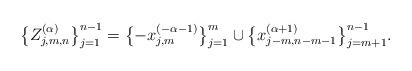
LaTeX: \begin{gather*}\big\{Z^{(\alpha)}_{j,m,n}\big\}_{j=1}^{n-1}=\big\{{-}x_{j,m}^{(-\alpha-1)}\big\}_{j=1}^m \cup\big\{x_{j-m,n-m-1}^{(\alpha+1)}\big\}_{j=m+1}^{n-1}.\end{gather*}